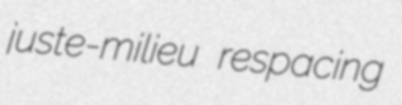
juste-milieu respacing